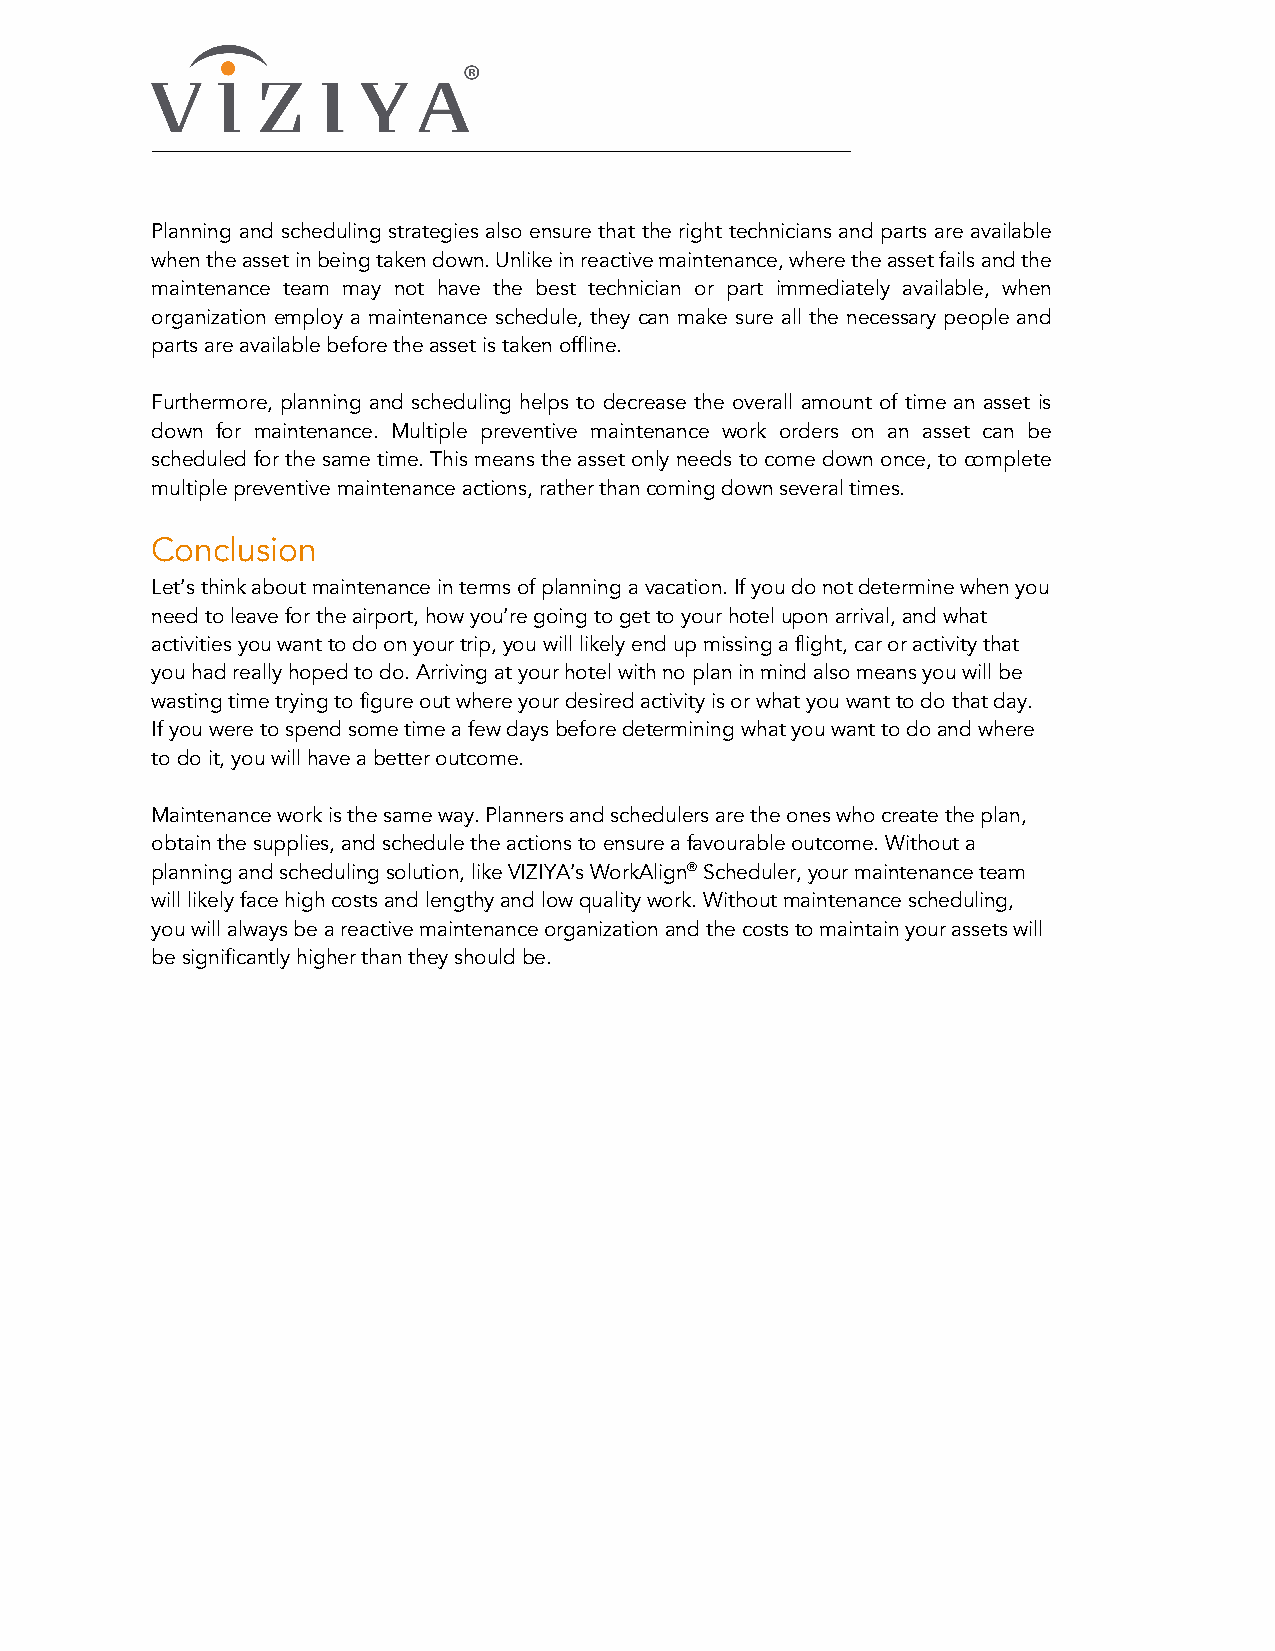
Planning and scheduling strategies also ensure that the right technicians and parts are available
 when the asset in being taken down. Unlike in reactive maintenance, where the asset fails and the
 maintenance team may not have the best technician or part immediately available, when
 organization employ a maintenance schedule, they can make sure all the necessary people and
 parts are available before the asset is taken offline.
 Furthermore, planning and scheduling helps to decrease the overall amount of time an asset is
 down for maintenance. Multiple preventive maintenance work orders on an asset can be
 scheduled for the same time. This means the asset only needs to come down once, to complete
 multiple preventive maintenance actions, rather than coming down several times.
 Conclusion
 Let’s think about maintenance in terms of planning a vacation. If you do not determine when you
 need to leave for the airport, how you’re going to get to your hotel upon arrival, and what
 activities you want to do on your trip, you will likely end up missing a flight, car or activity that
 you had really hoped to do. Arriving at your hotel with no plan in mind also means you will be
 wasting time trying to figure out where your desired activity is or what you want to do that day.
 If you were to spend some time a few days before determining what you want to do and where
 to do it, you will have a better outcome.
 Maintenance work is the same way. Planners and schedulers are the ones who create the plan,
 obtain the supplies, and schedule the actions to ensure a favourable outcome. Without a
 planning and scheduling solution, like VIZIYA’s WorkAlign® Scheduler, your maintenance team
 will likely face high costs and lengthy and low quality work. Without maintenance scheduling,
 you will always be a reactive maintenance organization and the costs to maintain your assets will
 be significantly higher than they should be.